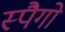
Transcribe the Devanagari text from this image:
स्पैगो